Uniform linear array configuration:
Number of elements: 24
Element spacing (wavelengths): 0.25
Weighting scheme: hamming
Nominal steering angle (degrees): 30
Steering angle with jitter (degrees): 30.857
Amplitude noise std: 0.05
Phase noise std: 0.05

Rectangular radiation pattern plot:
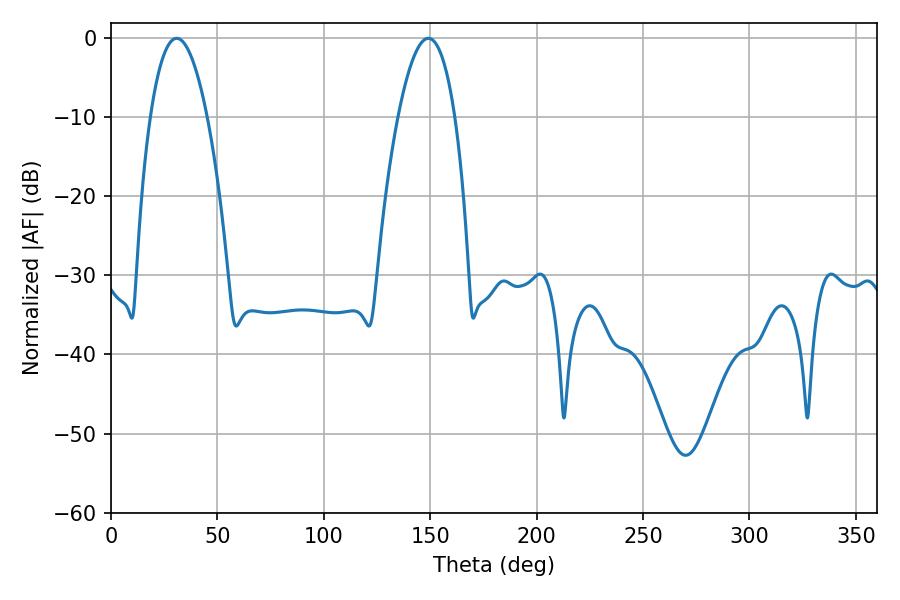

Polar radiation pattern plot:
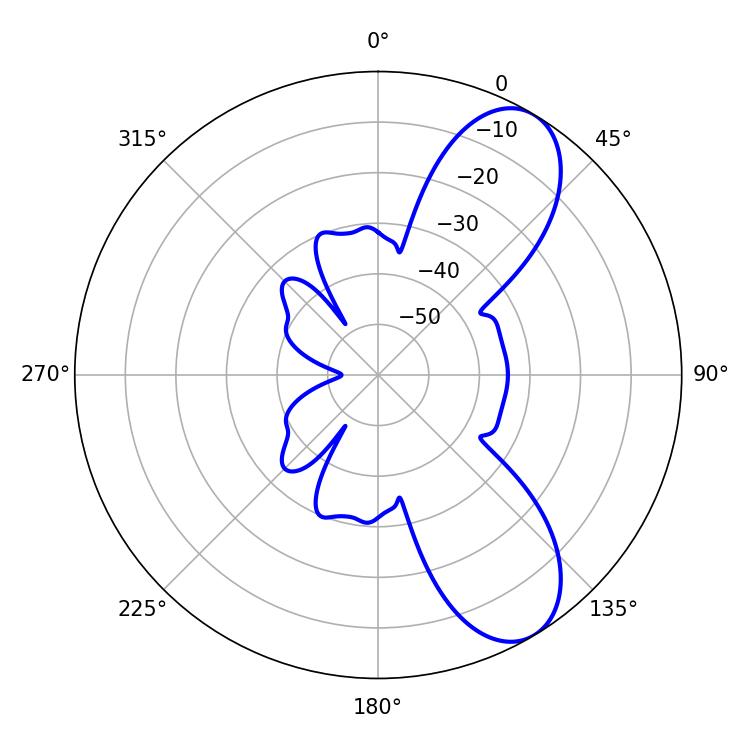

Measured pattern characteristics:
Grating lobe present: FALSE
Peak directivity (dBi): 8.45
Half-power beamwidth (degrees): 14.76
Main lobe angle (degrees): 30.78